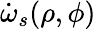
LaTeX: {\dot{\omega}_{s}(\rho,\phi)}